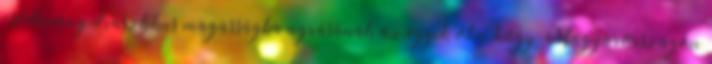
csődarány drasztikus magasságba ugrásának az egyik oka, hogy Magyarországon